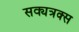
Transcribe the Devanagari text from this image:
सक्यत्रक्स